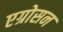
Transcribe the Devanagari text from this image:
एग्रोसन